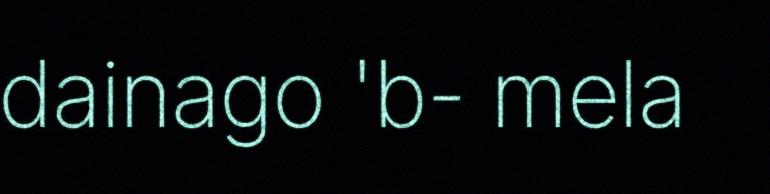
dainago 'b- mela